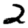
Digit: 2